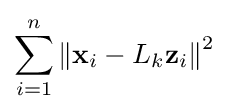
\sum _{i=1}^{n}\left\|\mathbf {x} _{i}-L_{k}\mathbf {z} _{i}\right\|^{2}